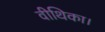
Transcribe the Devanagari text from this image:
वीथिका।